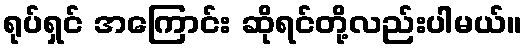
ရုပ်ရှင် အကြောင်း ဆိုရင်တို့လည်းပါမယ်။